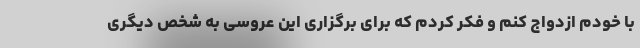
با خودم ازدواج کنم و فکر کردم که برای برگزاری این عروسی به شخص دیگری